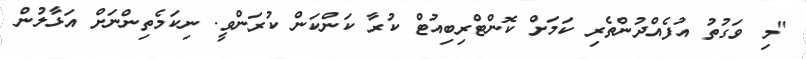
"މި ވަގުތު އުފެއްދުންތެރި ކަމަށް ކޮންޓްރިބިއުޓް ކުރާ ކަންކަން ކުރަންވީ. ނިކަމެތިންނަށް އަޅާލުން